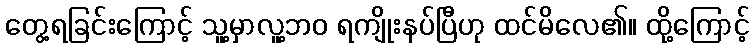
တွေ့ရခြင်းကြောင့် သူ့မှာလူ့ဘဝ ရကျိုးနပ်ပြီဟု ထင်မိလေ၏။ ထို့ကြောင့်